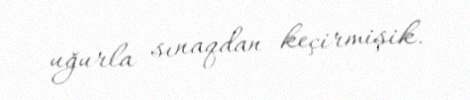
uğurla sınaqdan keçirmişik.